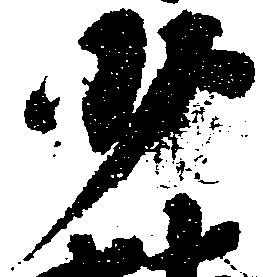
少